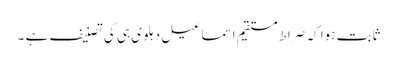
ثابت ہوا کہ صراط مستقیم اسماعیل دہلوی ہی کی تصنیف ہے ۔